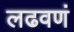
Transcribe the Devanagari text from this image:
लढवणं